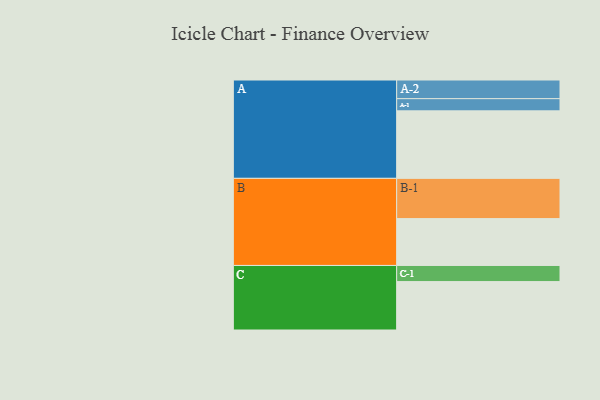
{"axis": {"x": "Segment", "y": "Value"}, "legend": ["", "A", "B", "C"], "data": [{"x": "A", "y": 481, "type": ""}, {"x": "B", "y": 334, "type": ""}, {"x": "C", "y": 345, "type": ""}, {"x": "A-1", "y": 87, "type": "A"}, {"x": "A-2", "y": 133, "type": "A"}, {"x": "B-1", "y": 287, "type": "B"}, {"x": "C-1", "y": 115, "type": "C"}]}